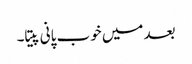
بعد میں خوب پانی پیتا۔